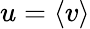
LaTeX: u=\langle v\rangle